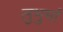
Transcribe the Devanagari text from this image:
लुभुर्भा